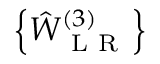
\left\{ \hat { W } _ { \mathrm { ~ L ~ R ~ } } ^ { ( 3 ) } \right\}